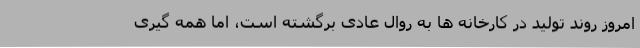
امروز روند تولید در کارخانه ها به روال عادی برگشته است، اما همه گیری